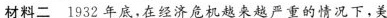
材料二 1932年底，在经济危机越来越严重的情况下，美